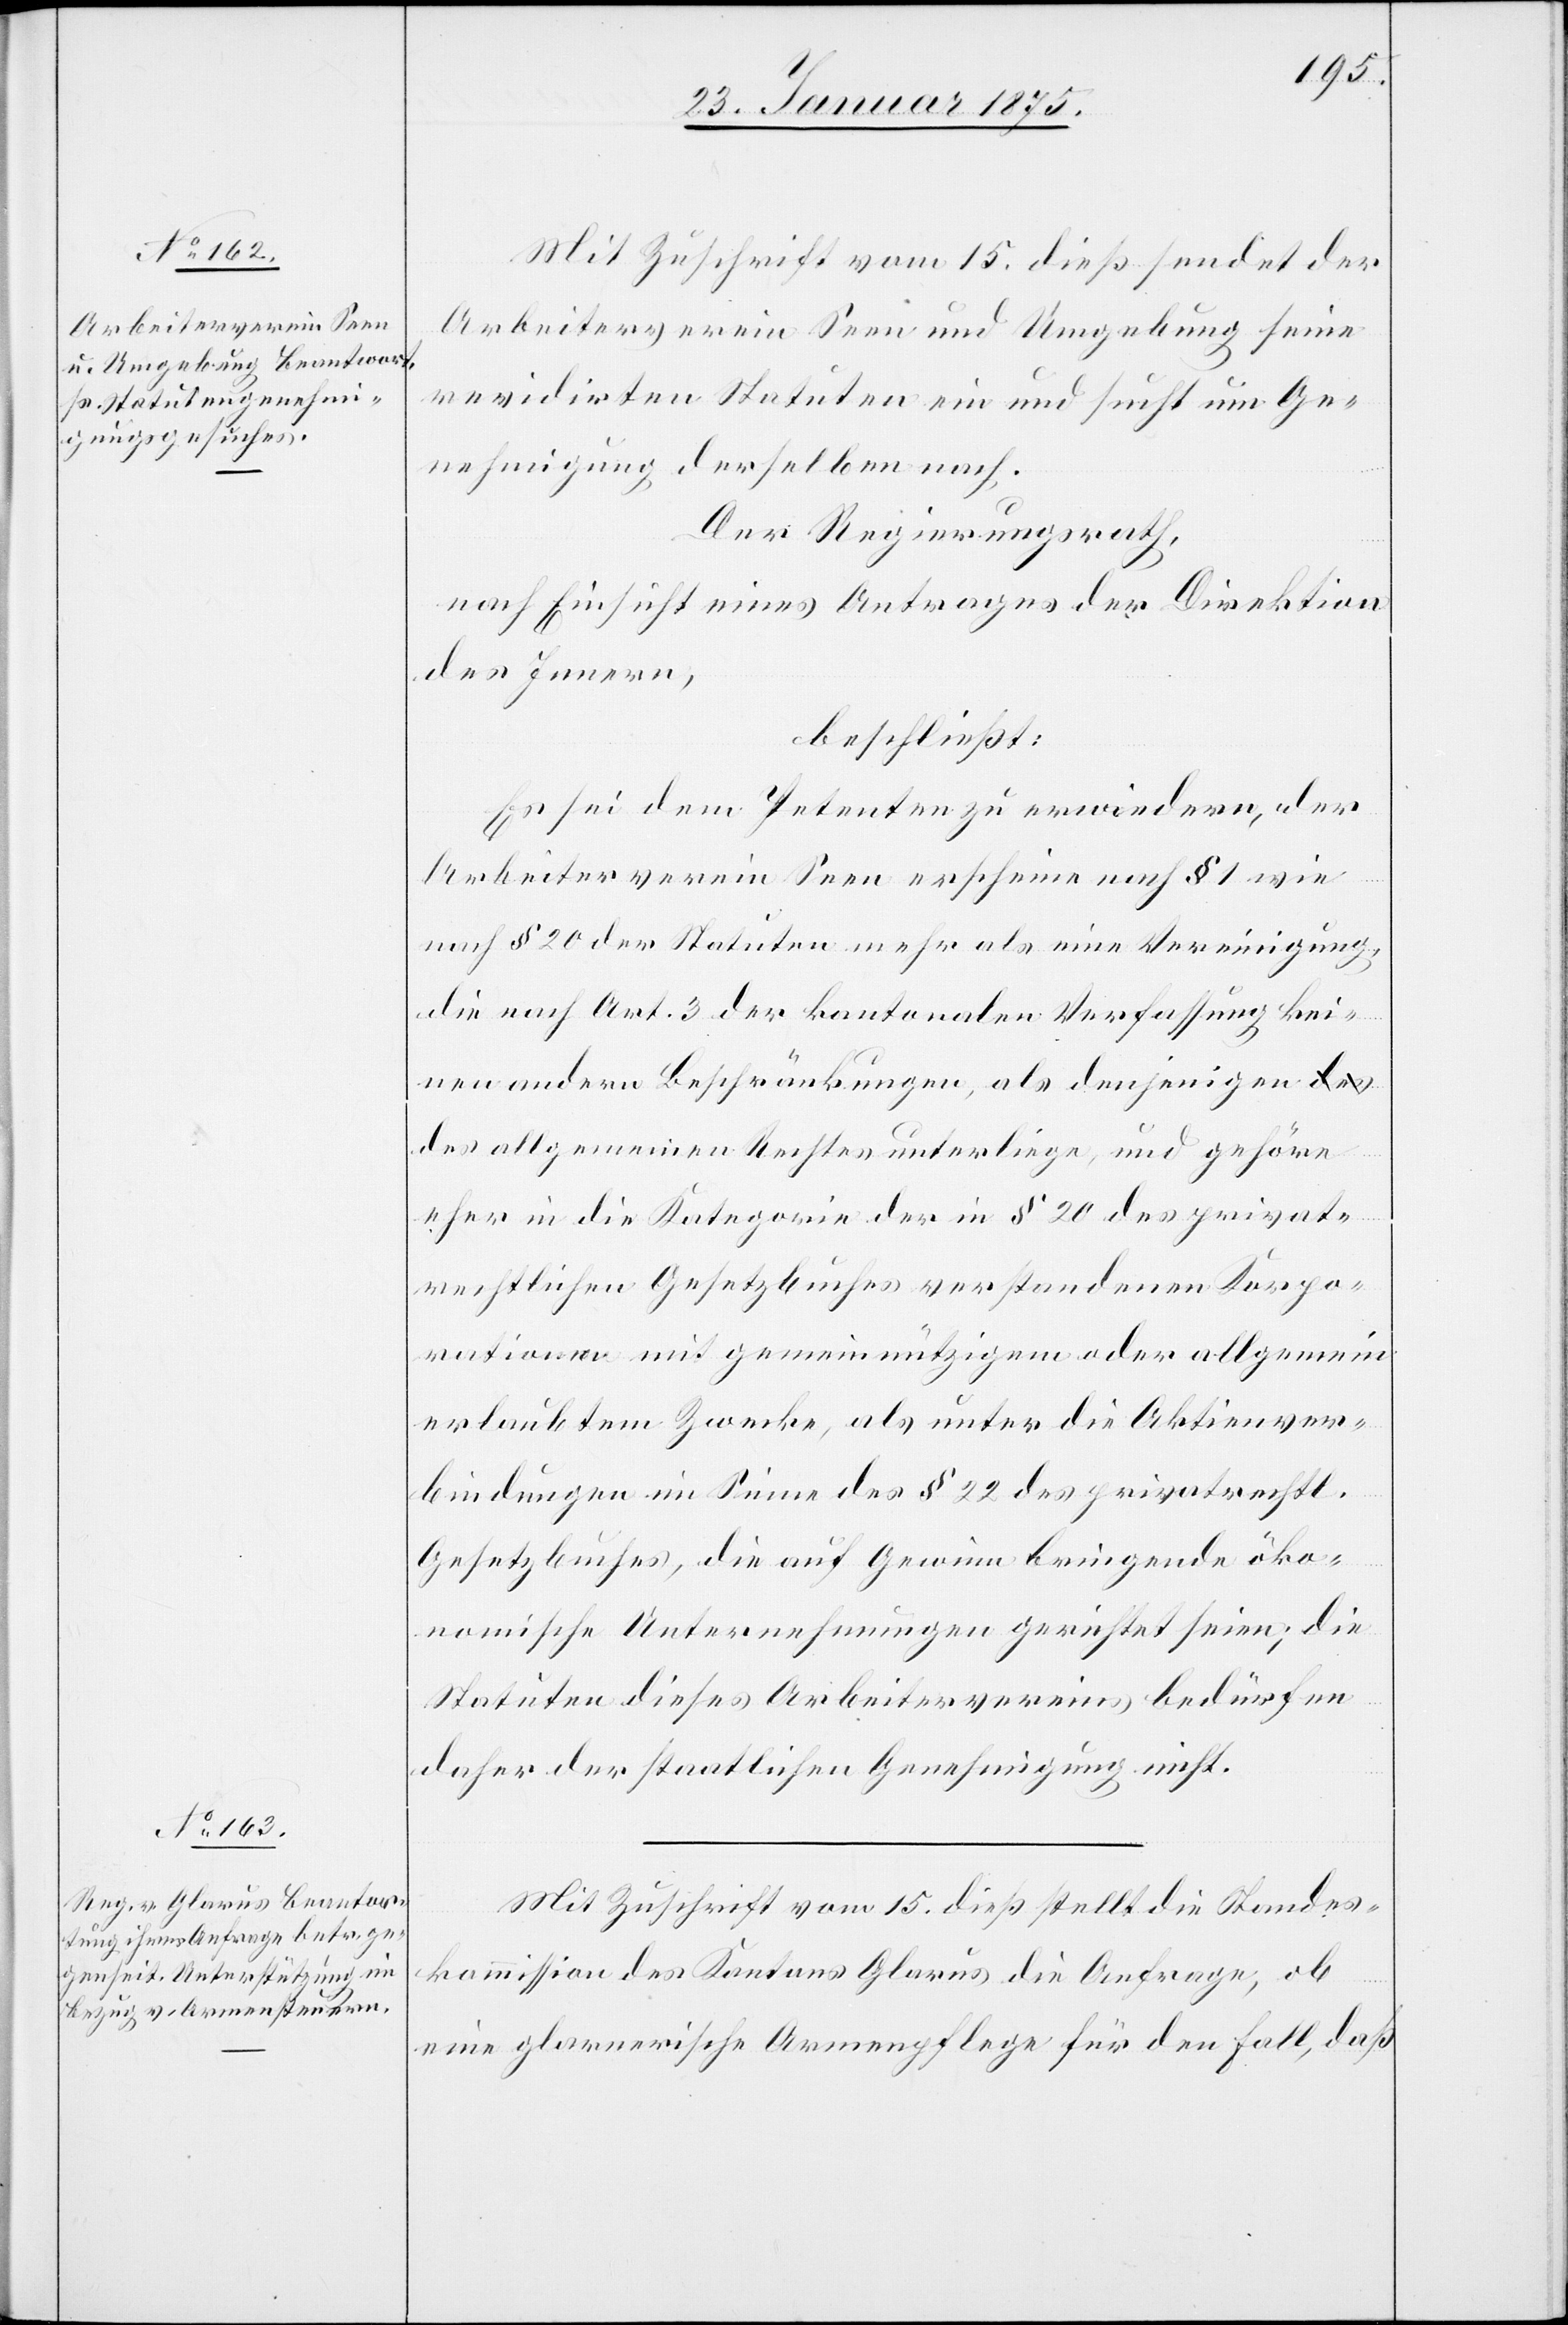
Mit Zuschrift vom 15. dieß sendet der
Arbeiterverein Seen und Umgebung seine
revidirten Statuten ein und sucht um Ge¬
nehmigung derselben nach.
Der Regierungsrath,
nach Einsicht eines Antrages der Direktion
des Innern,
beschließt:
Es sei dem Petenten zu erwiedern, der
Arbeiterverein Seen erscheine nach § 1 wie
nach § 20 der Statuen mehr als eine Vereinigung,
die nach Art. 3 der kantonalen Verfassung kei¬
nen andern Beschränkungen, als denjenigen des
allgemeinen Rechtes unterliege, und gehöre
eher in die Kategorie der in § 20 des privat¬
rechtlichen Gesetzbuches verstandenen Korpo¬
rationen mit gemeinnützigem oder allgemein
erlaubtem Zwecke, als unter die Aktienver¬
bindungen im Sinne des § 22 des privatrechtl.
Gesetzbuches, die auf Gewinn bringende öko¬
nomische Unternehmungen gerichtet seien; die
Statuten dieses Arbeitervereins bedürfen
daher der staatlichen Genehmigung nicht.
Mit Zuschrift vom 15. dieß stellt die Standes¬
kommission des Kantons Glarus die Anfrage, ob
eine glarnerische Armenpflege für den Fall, daß